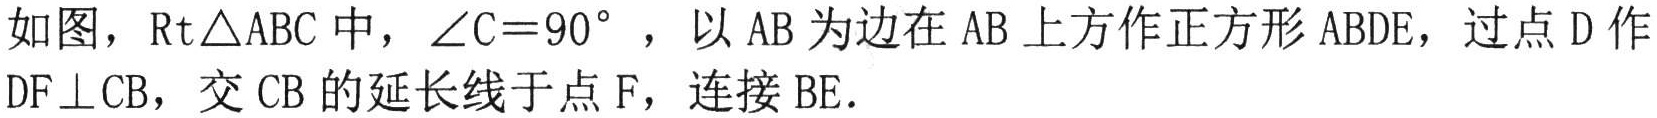
如图，$\text{Rt}\triangle ABC$中，$\angle C = 90^{\circ}$，以$AB$为边在$AB$上方作正方形$ABDE$，过点$D$作
$DF\perp CB$，交$CB$的延长线于点$F$，连接$BE.$